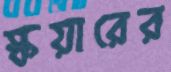
স্কয়ারের